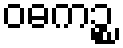
ဝဓကဉ္စ